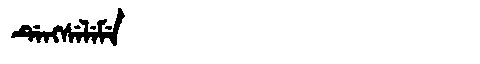
Manchu: ᡩᡝᠩᠰᡝᠯᡝᠮᡝ
Romanization: DENGSELEME